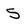
Character: 5